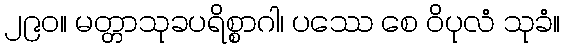
၂၉၀။ မတ္တာသုခပရိစ္စာဂါ၊ ပဿေ စေ ဝိပုလံ သုခံ။